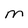
Character: M